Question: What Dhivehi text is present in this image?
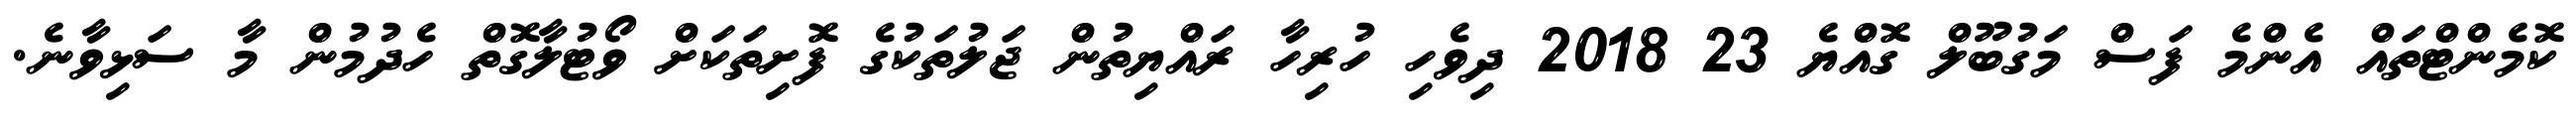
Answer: ކޮމެންޓްތައް އެންމެ ފަސް މަގުބޫލް ގޮއްޔެ 23 2018 ދިވެހި ހުރިހާ ރައްޔިތުން ޖަލުތަކުގެ ފޮށިތަކަށް ވޯޓުލާގޮތް ހެދުމުން މާ ސަޅިވާނެ.